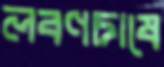
লবণচাষে